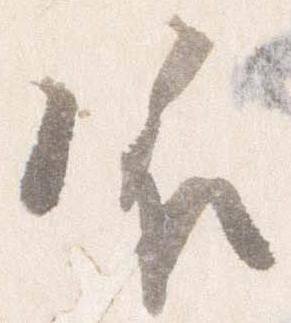
依